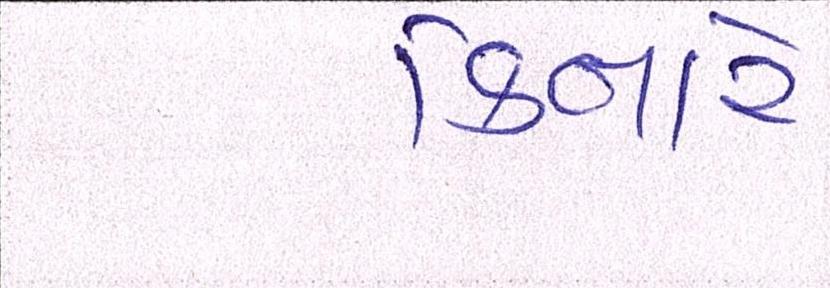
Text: કિનારે